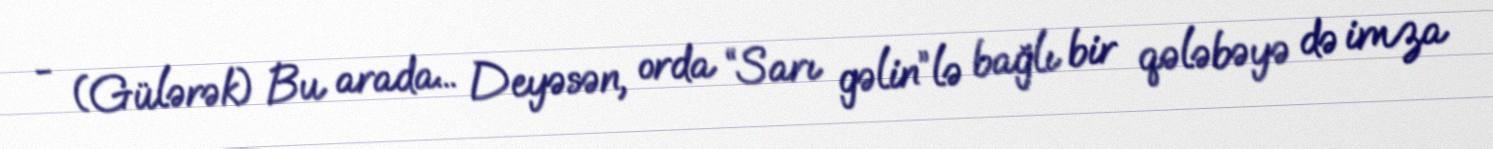
- (Gülərək) Bu arada... Deyəsən, orda “Sarı gəlin”lə bağlı bir qələbəyə də imza